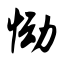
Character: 恸